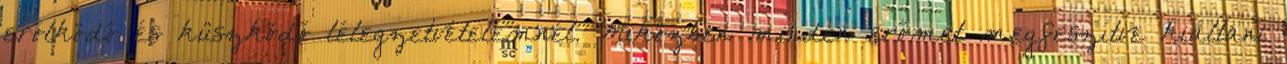
erőlködő és küszködő lélegzetvételemnél. Miközben minden erőmet megfeszítve kiáltani